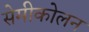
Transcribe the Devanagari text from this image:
सेमीकोलन